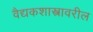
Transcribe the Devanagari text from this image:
वैद्यकशास्त्रावरील